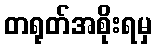
တရုတ်အစိုးရမှ